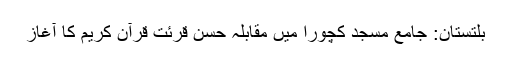
بلتستان: جامع مسجد کچورا میں مقابلہ حسن قرئت قرآن کریم کا آغاز